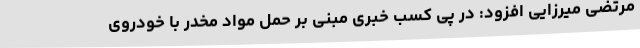
مرتضی میرزایی افزود: در پی کسب خبری مبنی بر حمل مواد مخدر با خودروی